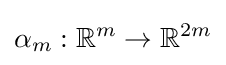
\alpha _{m}:\mathbb {R} ^{m}\to \mathbb {R} ^{2m}